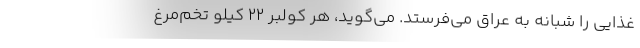
غذايي را شبانه به عراق مي‌فرستد. مي‌گويد، هر كولبر 22 كيلو تخم‌مرغ